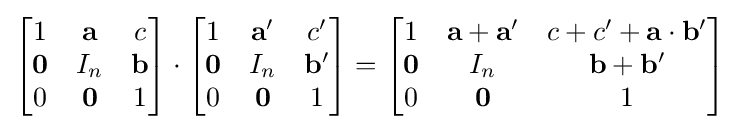
{\begin{bmatrix}1&\mathbf {a} &c\\\mathbf {0} &I_{n}&\mathbf {b} \\0&\mathbf {0} &1\end{bmatrix}}\cdot {\begin{bmatrix}1&\mathbf {a} '&c'\\\mathbf {0} &I_{n}&\mathbf {b} '\\0&\mathbf {0} &1\end{bmatrix}}={\begin{bmatrix}1&\mathbf {a} +\mathbf {a} '&c+c'+\mathbf {a} \cdot \mathbf {b} '\\\mathbf {0} &I_{n}&\mathbf {b} +\mathbf {b} '\\0&\mathbf {0} &1\end{bmatrix}}